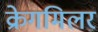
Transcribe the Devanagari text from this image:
क्रेगमिलर